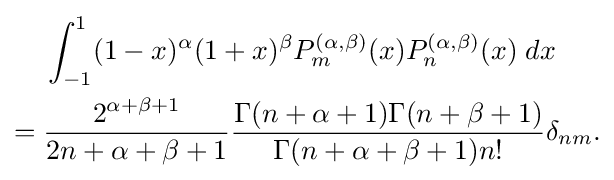
{\begin{aligned}&\int _{-1}^{1}(1-x)^{\alpha }(1+x)^{\beta }P_{m}^{(\alpha ,\beta )}(x)P_{n}^{(\alpha ,\beta )}(x)\;dx\\={}&{\frac {2^{\alpha +\beta +1}}{2n+\alpha +\beta +1}}{\frac {\Gamma (n+\alpha +1)\Gamma (n+\beta +1)}{\Gamma (n+\alpha +\beta +1)n!}}\delta _{nm}.\end{aligned}}